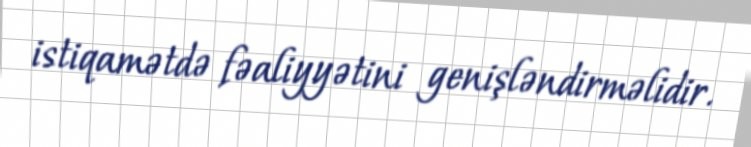
istiqamətdə fəaliyyətini genişləndirməlidir.